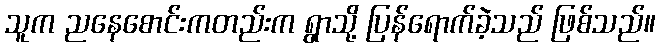
သူက ညနေစောင်းကတည်းက ရွာသို့ ပြန်ရောက်ခဲ့သည် ဖြစ်သည်။